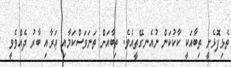
ތެޅިފޮޅެނީ ތިބާއަކީ ކާކުކަން ނުއެނގޭތީއެވެ. ތިބާއަށް ތަނަވަސްކަމާއި ޢަރާއި ބާރު ދެއްވެވީ